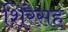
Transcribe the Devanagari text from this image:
शिरेसह